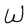
Character: W